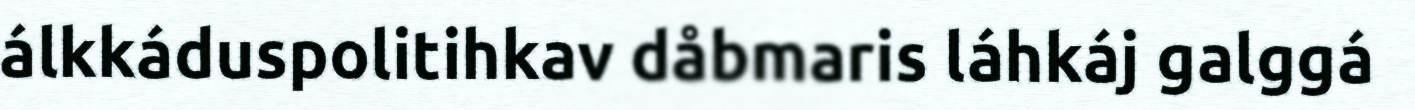
álkkáduspolitihkav dåbmaris láhkáj galggá